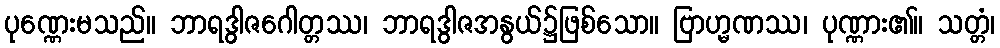
ပုဏ္ဏေးမသည်။ ဘာရဒွါဇဂေါတ္တဿ၊ ဘာရဒွါဇအနွယ်၌ဖြစ်သော။ ဗြာဟ္မဏဿ၊ ပုဏ္ဏား၏။ သတ္တံ၊